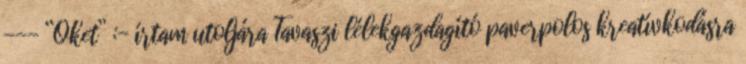
--- “Őket” :- írtam utoljára Tavaszi lélekgazdagító paverpolos kreatívkodásra